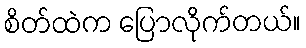
စိတ်ထဲက ပြောလိုက်တယ်။